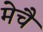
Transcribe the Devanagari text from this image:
मेचै